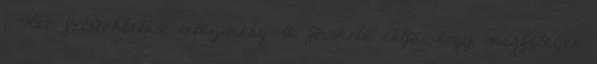
i Kar felsõoktatási intézmény. A fõiskola célja, hogy megfeleljen